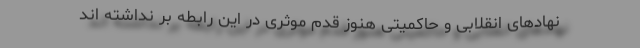
نهادهاى انقلابى و حاكميتى هنوز قدم موثرى در اين رابطه بر نداشته اند